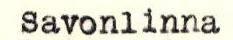
Savonlinna